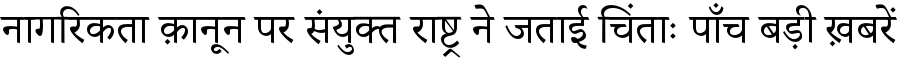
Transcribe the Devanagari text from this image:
नागरिकता क़ानून पर संयुक्त राष्ट्र ने जताई चिंताः पाँच बड़ी ख़बरें